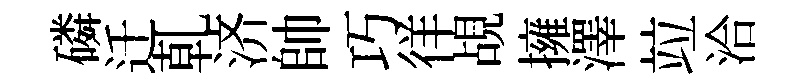
磷迁乹济帥巧徉覘擁澤竝洽